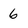
Character: 6